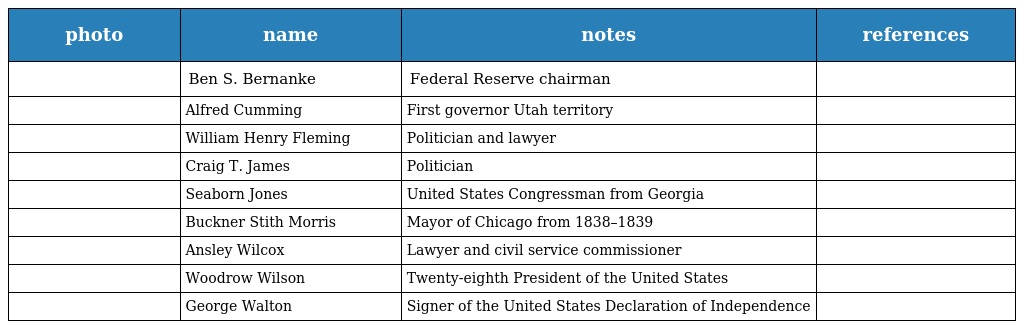
| photo | name | notes | references |
 | --- | --- | --- | --- |
 |  | Ben S. Bernanke | Federal Reserve chairman |  |
 |  | Alfred Cumming | First governor Utah territory |  |
 |  | William Henry Fleming | Politician and lawyer |  |
 |  | Craig T. James | Politician |  |
 |  | Seaborn Jones | United States Congressman from Georgia |  |
 |  | Buckner Stith Morris | Mayor of Chicago from 1838–1839 |  |
 |  | Ansley Wilcox | Lawyer and civil service commissioner |  |
 |  | Woodrow Wilson | Twenty-eighth President of the United States |  |
 |  | George Walton | Signer of the United States Declaration of Independence |  |